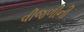
વીજળીની